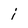
Character: j